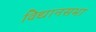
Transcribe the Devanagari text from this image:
विद्यानसभा